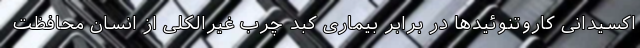
اکسیدانی کاروتنوئیدها در برابر بیماری کبد چرب غیرالکلی از انسان محافظت